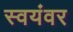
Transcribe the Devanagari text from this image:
स्‍वयंवर